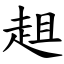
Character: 趄